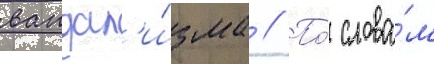
вандал'и́зма // По́ слова́м